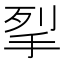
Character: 𭠧